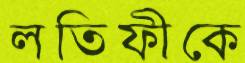
লতিফীকে